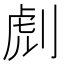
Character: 䖌